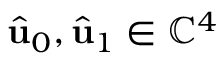
\hat { \mathbf { u } } _ { 0 } , \hat { \mathbf { u } } _ { 1 } \in \mathbb { C } ^ { 4 }